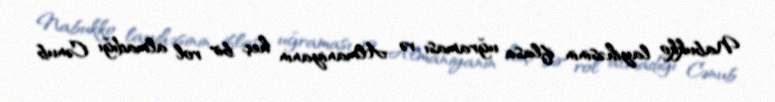
Nabukko layihəsinin iflasa uğraması və Almaniyanın heç bir rol almadığı Cənub